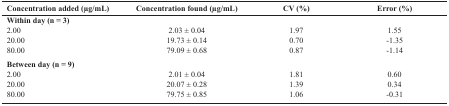
<table><thead><tr><td><b>Concentration added (g/mL)</b></td><td><b>Concentration found (g/mL)</b></td><td><b>CV (%)</b></td><td><b>Error (%)</b></td></tr></thead><tbody><tr><td><b>Within day (n = 3)</b></td><td></td><td></td><td></td></tr><tr><td>2.0020.0080.00</td><td>2.03±0.0419.73±0.1479.09±0.68</td><td>1.970.700.87</td><td>1.55-1.35-1.14</td></tr><tr><td><b>Between day (n = 9)</b></td><td></td><td></td><td></td></tr><tr><td>2.0020.0080.00</td><td>2.01±0.0420.07±0.2879.75±0.85</td><td>1.811.391.06</td><td>0.600.34-0.31</td></tr></tbody></table>